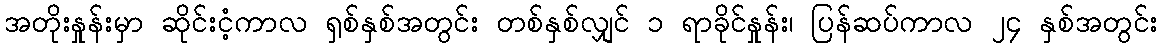
အတိုးနှုန်းမှာ ဆိုင်းငံ့ကာလ ရှစ်နှစ်အတွင်း တစ်နှစ်လျှင် ၁ ရာခိုင်နှုန်း၊ ပြန်ဆပ်ကာလ ၂၄ နှစ်အတွင်း